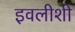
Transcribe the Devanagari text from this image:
इवलीशी